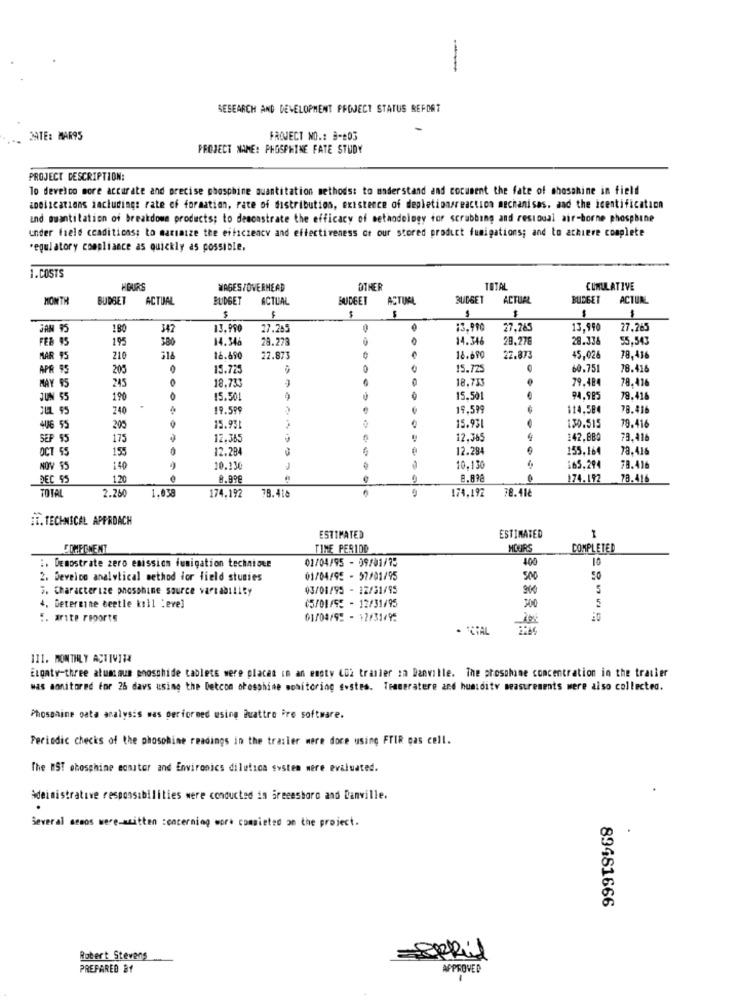
--
SESEARCH AND DEVELOPMENT PROJECT STATUS REPORT
.. DATE: MAR95
PROJECT NO .: #-#03
PROJECT NAME: PHOSPHINE FATE STUDY
PROJECT DESCRIPTION:
To develco more accurate and precise phospbine quantitation methods: to understand and cocument the fate of shosshine in field
aDoiscations including rate of formation, rate of distribution, existence of depletionsreaction mechanisas, and the icentification
and swantilation of breakdown products; to demonstrate the efficacy of methodology for scrubbing and residual air-borne phosphine
under frele ccaditicas; to maximize the eificzency and effectiveness of our stored product fumigations; and to achieve complete
regulatory compliance as quickly as possible,
1.COSTS
HOURS
WAGES/OVERHEAD
OTHER
TOTAL
CUMULATIVE
MONTH
BUDGET
ACTUAL
BUDGET
ACTUAL
BUDGET
ACTUAL
BUDGET
ACTUAL
BUDGET
ACTUN
$
1
JAN 95
180
347
13.990
27.285
13.990
27.265
13.990
27.265
FEB 45
195
380
14.346
28.273
14.346
28.278
29.338
55.543
MAR 95
210
16.690
22.873
16.690
22.873
45,026
78.416
APR 95
205
15.725
15.725
60.751
78.416
245
18.733
18,733
79.484
78.41
MAY 95
JUN 55
190
15.501
15.501
94.985
79.41
JUL 95
240
19.599
19.599
114,584
78.41
15.931
79.416
4U6 55
205
15.95
130.515
SEP 55
175
12.385
12.365
142,880
29.41
OCT 55
155
12.28
12.284
155,164
79.416
NOV 55
140
10.130
10.130
i65.294
78.416
DEC 55
1.20
8.99€
174.192
78.416
TOTAL
2.260
1.038
174.192
174,192
78.41€
78.416
BT. TECHNICAL APPROACH
ESTIMATED
ESTIMATED
COMPONENT
TIME PERIDO
COMPLETED
01/04/95 - 09/01/75
400
10
:. DEmostrate zero emission fumigation technique
2. Deveico analytical method for field stunies
01/04/95 - 97/01/95
500
5. Characterize phosphine source variability
03/08/95 - 12/31/95
5
5
4. Determine beetle kill "eve]
05/01/55 - 12/31/95
300
5. arite reports
01/04/92 - 12/31/92
III. MONTHLY ACTIVITY
ELgaty-three atum aus phosphide tabletE were placas in an ensty CO2 trailer za Danville. The proschame concentration in the trailer
was monitored for 26 davs using the Detcom orosphine monitoring sistes. Traseratere and humidity measurements were also collected.
Phosanine oata analysis was performed using Puattro Pre software.
Periodic checks of the phosphine readings in the trailer mere dore using FTIR gas cell.
The #ST obosphine monitor and Environics dilution system were evaluated.
Mdeinistrative responsibilities were conducted in Greensboro and Danville.
Several semos were-azitten concerning work comsieted on the project.
89461666
Robert Stevens
Spkil
PREPARED #1
APPROVED